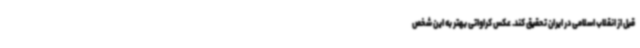
قبل از انقلاب اسلامی در ایران تحقیق کند. عکس کراواتی بهتر به این شخص